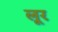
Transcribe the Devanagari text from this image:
लूर